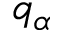
q _ { \alpha }